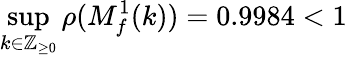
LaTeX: \operatorname*{sup}_{k\in\mathbb{Z}_{\geq 0}}\rho(M_{f}^{1}(k))=0.9984<1